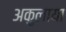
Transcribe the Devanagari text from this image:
अकुलाया